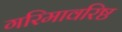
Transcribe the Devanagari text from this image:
गरिमावरिष्ठ